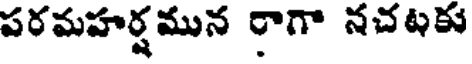
పరమహర్షమున రాగా నచటకు